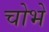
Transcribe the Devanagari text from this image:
चोभे